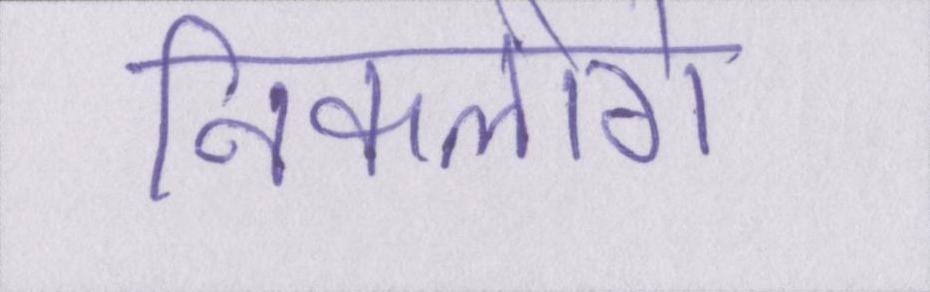
निकलोगे